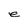
Character: e